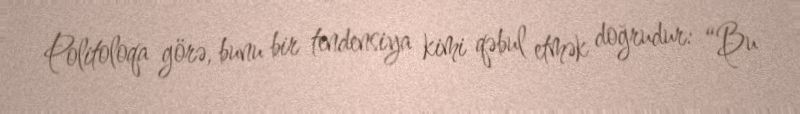
Politoloqa görə, bunu bir tendensiya kimi qəbul etmək doğrudur: “Bu